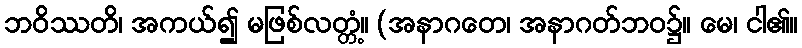
ဘဝိဿတိ၊ အကယ်၍ မဖြစ်လတ္တံ့။ (အနာဂတေ၊ အနာဂတ်ဘဝ၌။ မေ၊ ငါ၏။